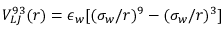
V _ { L J } ^ { 9 3 } ( r ) = \epsilon _ { w } [ ( \sigma _ { w } / r ) ^ { 9 } - ( \sigma _ { w } / r ) ^ { 3 } ]